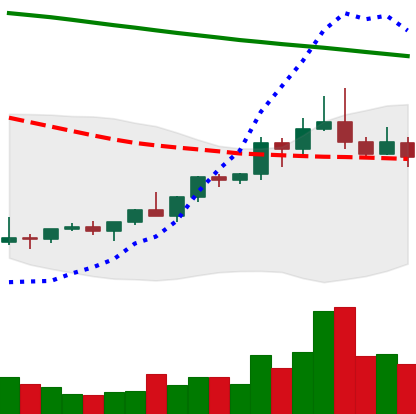
Ticker: ETC-USD
Chart end date: 2022-02-14
Forward return: -8.389%
Label: down_7plus